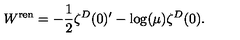
W ^ { \mathrm { \scriptsize r e n } } = - \frac 1 2 \zeta ^ { D } ( 0 ) ^ { \prime } - \log ( \mu ) \zeta ^ { D } ( 0 ) .